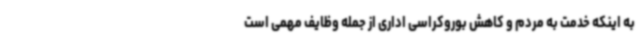
به اینکه خدمت به مردم و کاهش بوروکراسی اداری از جمله وظایف مهمی است